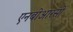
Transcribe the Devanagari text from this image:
एनबीआरसी